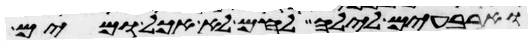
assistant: וארבעים לילה לחם לא אכל ומים